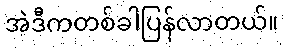
အဲဒီကတစ်ခါပြန်လာတယ်။